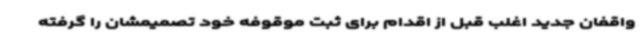
واقفان جدید اغلب قبل از اقدام برای ثبت موقوفه خود تصمیمشان را گرفته